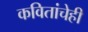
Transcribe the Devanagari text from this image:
कवितांचेही